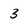
Character: 3